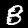
Label: 8